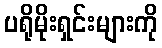
ပရိုမိုးရှင်းများကို